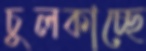
চুলকাচ্ছে